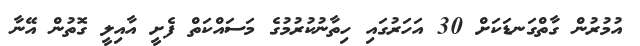
އުމުރުން ގާތްގަނޑަކަށް 30 އަހަރުގައި ހިތާނުކުރުމުގެ މަސައްކަތް ފެށީ އާއިލީ ގޮތުން އޭނާ